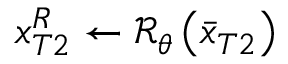
x _ { T 2 } ^ { R } \leftarrow \mathcal { R } _ { \theta } \left( \bar { x } _ { T 2 } \right)